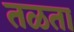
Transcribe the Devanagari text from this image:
तळता